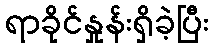
ရာခိုင်နှုန်းရှိခဲ့ပြီး